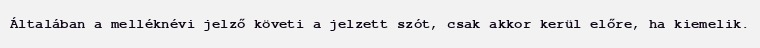
Általában a melléknévi jelző követi a jelzett szót, csak akkor kerül előre, ha kiemelik.